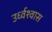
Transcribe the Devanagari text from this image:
उर्ध्वश्वास